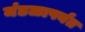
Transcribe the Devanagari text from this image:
मंडळापर्यंत